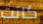
كانت